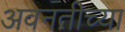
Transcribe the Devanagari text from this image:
अवनतीच्या